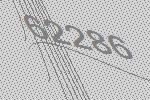
62286